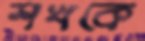
শখকে